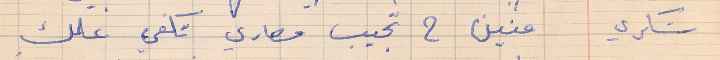
شكري    منين ح تجيب مصاري تكفي علمك